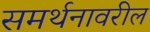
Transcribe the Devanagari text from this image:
समर्थनावरील